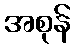
အစုန်